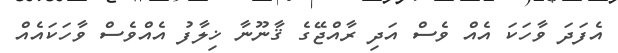
އެފަދަ ވާހަކަ އެއް ވެސް އަދި ރާއްޖޭގެ ޤާނޫނާ ޚިލާފު އެއްވެސް ވާހަކައެއް